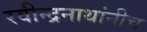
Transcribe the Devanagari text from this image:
रवीन्द्रनाथांनीच